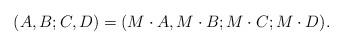
LaTeX: \begin{align*} (A,B; C,D) = (M \cdot A, M \cdot B; M \cdot C; M \cdot D). \end{align*}